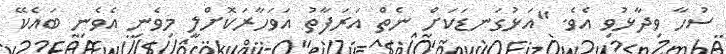
ސުހާ ވިދާޅުވި އެވެ. "އަޅުގަނޑަކަށް ނެތް އަރަފާތު އަވަހާރަކޮށްލީ މިވެނި އެވެނި ބައެކޭ